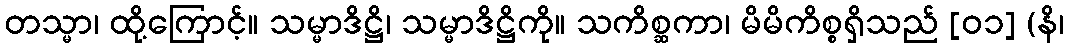
တသ္မာ၊ ထို့ကြောင့်။ သမ္မာဒိဋ္ဌိ၊ သမ္မာဒိဋ္ဌိကို။ သကိစ္ဆကာ၊ မိမိကိစ္စရှိသည် [၀၁] (နိ၊